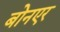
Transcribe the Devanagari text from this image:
बोनएर